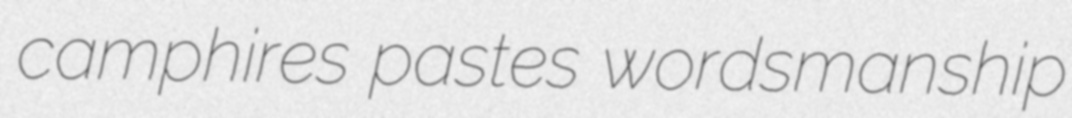
camphires pastes wordsmanship